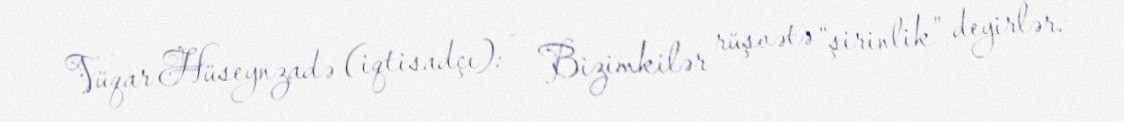
Vüqar Hüseynzadə (iqtisadçı): - Bizimkilər rüşvətə “şirinlik” deyirlər.